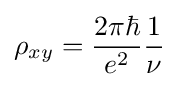
\rho _{xy}={\frac {2\pi \hbar }{e^{2}}}{\frac {1}{\nu }}